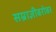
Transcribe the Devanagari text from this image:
सम्राज्ञीबरोबर